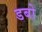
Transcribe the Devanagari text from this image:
डबो